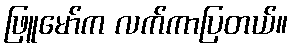
ဖြူမော်က လက်ကာပြတယ်။